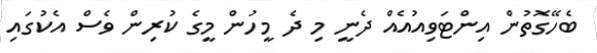
ބެހޭގޮތުން އިންޓަވިއުއެއް ދެނީ މި ދެ މީހުން މީގެ ކުރިން ވެސް އެކުގައި